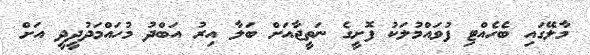
މާލޭގައި ބެހެއްޓި ފުވައްމުލަކު ފޮށީގެ ނަތީޖާއަށް ބަލާ އިރު އަބްދު މުހައްމަދުދީދީ އަށް